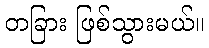
တခြား ဖြစ်သွားမယ်။